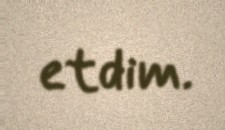
etdim.